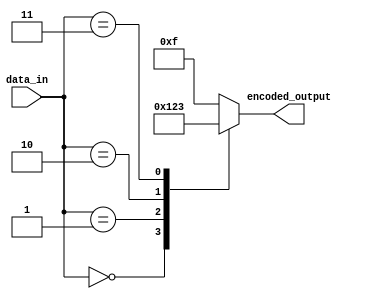
module encoder(
    input [7:0] data_in,
    output reg [3:0] encoded_output
);

always @(*) begin
    case(data_in)
        8'b00000000: encoded_output = 4'b0000;
        8'b00000001: encoded_output = 4'b0001;
        8'b00000010: encoded_output = 4'b0010;
        8'b00000011: encoded_output = 4'b0011;
        // Define mapping for the rest of the input data
        
        default: encoded_output = 4'b1111; // Default output when no match found
    endcase
end

endmodule